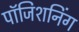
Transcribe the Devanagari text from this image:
पॉजिशनिंग